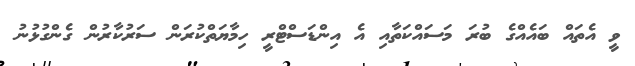
ވީ އެތައް ބައެއްގެ ބުރަ މަސައްކަތާއި އެ އިންޑަސްޓްރީ ހިމާޔަތްކުރަން ސަރުކާރުން ގެންގުޅުނު